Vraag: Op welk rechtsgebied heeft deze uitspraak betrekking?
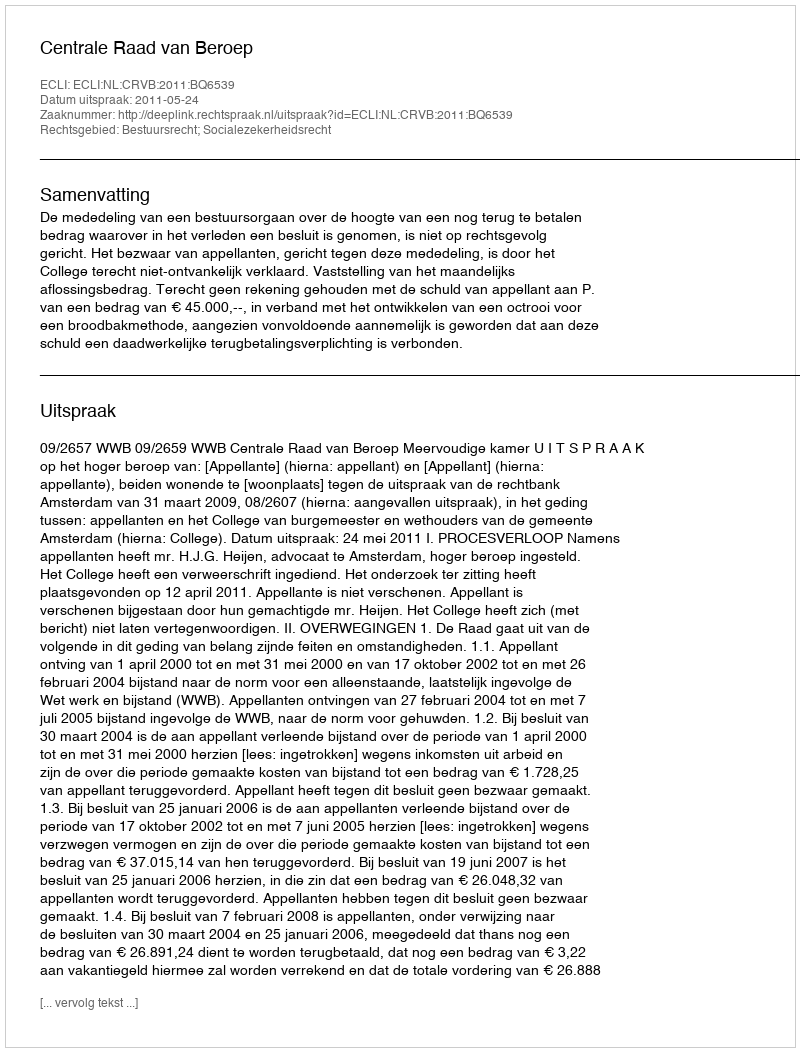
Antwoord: Bestuursrecht; Socialezekerheidsrecht